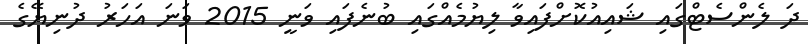
ދަ ލެންސެޓްގައި ޝައިއުކޮށްފައިވާ ލިޔުމެއްގައި ބުނެފައި ވަނީ 2015 ވަނަ އަހަރު ދުނިޔޭގެ